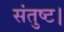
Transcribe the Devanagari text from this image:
संतुष्ट।